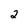
Character: 2